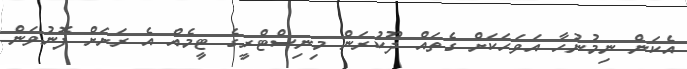
އެކަން ނިމުނުހާ އަވަހަކަށް ގެތައް ދޫކުރަން މިނިސްޓްރީގެ ޓީމެއް އެ ރަށަށް ފޮނުވަން